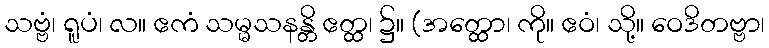
သဗ္ဗံ၊ ရူပံ၊ လ။ ဧကံ သမ္မသနန္တိ ဧတ္ထ၊ ၌။ (အတ္ထော၊ ကို။ ဧဝံ၊ သို့။ ဝေဒိတဗ္ဗာ၊